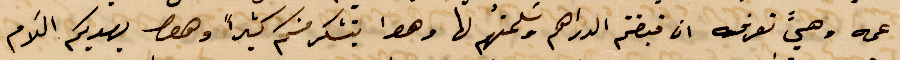
عمه وهي تعرفه ان قبضتم الدراهم وسلمتم لها وهو يتشكر منكم كثيرًا وهو يهديكم السلام